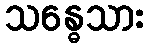
သန္ဓေသား